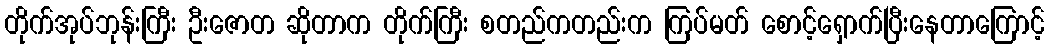
တိုက်အုပ်ဘုန်းကြီး ဦးဇောတ ဆိုတာက တိုက်ကြီး စတည်ကတည်းက ကြပ်မတ် စောင့်ရှောက်ပြီးနေတာကြောင့်